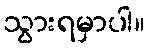
သွားရမှာပါ။